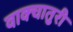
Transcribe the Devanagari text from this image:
वाक्चातुरी